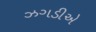
ઝગડીએ